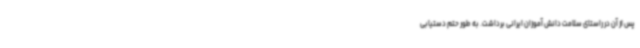
پس از آن در راستای سلامت دانش آموزان ایرانی برداشت. به طور حتم دستیابی